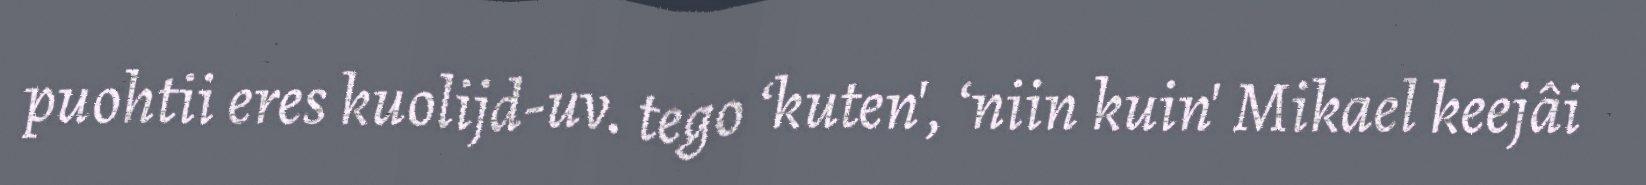
puohtii eres kuolijd-uv. tego ‘kuten', ‘niin kuin' Mikael keejâi